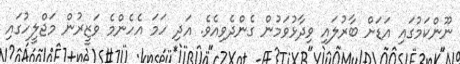
ނޫންކަމުގައި އަޑަށް ބާރުލައި ވިދާޅުވަމުން ގެންދެވިއެވެ. އަދި ހަމަ އެހެންމެ ވަޒީރުން މަޖްލީހުގައި